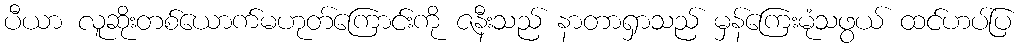
ပီယာ လူဆိုးတစ်ယောက်မဟုတ်ကြောင်းကို ဇနီးသည် နာတာရှာသည် မှန်ကြေးမုံသဖွယ် ထင်ဟပ်ပြ